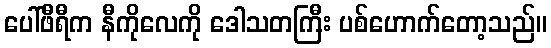
ပေါ်ဖီရီက နီကိုလေကို ဒေါသတကြီး ပစ်ဟောက်တော့သည်။